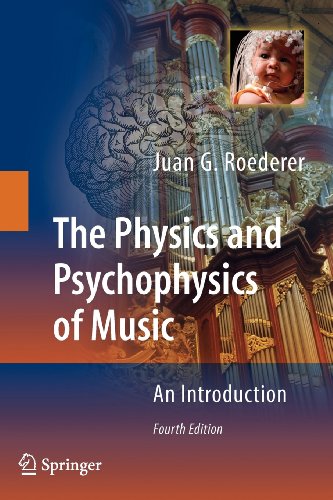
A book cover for The Physics and Psychophysics of Music: An Introduction; Juan Roederer; Science & Math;